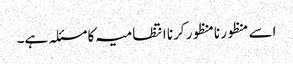
اسے منظور نامنظور کرنا انتظامیہ کا مسئلہ ہے۔